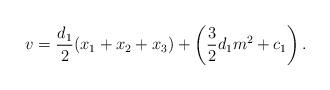
LaTeX: \begin{align*}v=\frac{d_1}{2}(x_1+x_2+x_3)+\left(\frac{3}{2}d_1m^2+c_1\right).\end{align*}